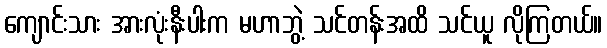
ကျောင်းသား အားလုံးနီးပါးက မဟာဘွဲ့ သင်တန်းအထိ သင်ယူ လိုကြတယ်။